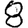
Digit: 8